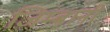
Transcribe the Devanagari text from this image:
जिम्बानी